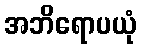
အဘိရောပယုံ